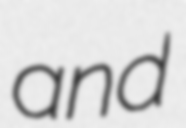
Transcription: and